Annual administration report of the Civil Veterinary Department of India - 1892-1893
Year: 1892
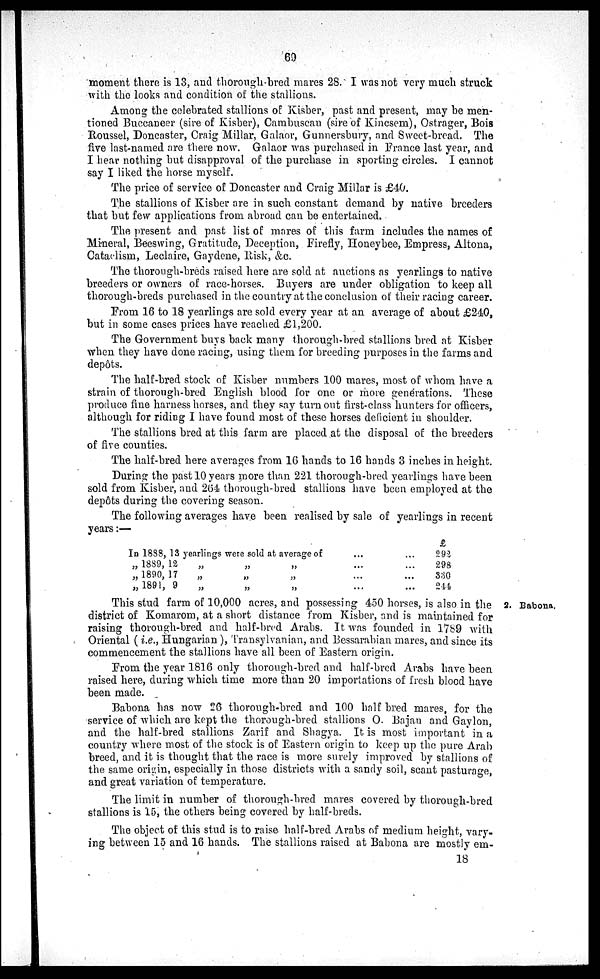
69
moment there is 13, and thorough-bred mares 28. I was not very much struck
with the looks and condition of the stallions.
Among the celebrated stallions of Kisber, past and present, may be men-
tioned Buccaneer (sire of Kisber), Cambuscan (sire of Kincsem), Ostrager, Bois
Roussel, Doncaster, Craig Millar, Galaor, Gunnersbury, and Sweet-bread. The
five last-named are there now. Galaor was purchased in France last year, and
I hear nothing but disapproval of the purchase in sporting circles. I cannot
say I liked the horse myself.
The price of service of Doncaster and Craig Millar is £40.
The stallions of Kisber are in such constant demand by native breeders
that but few applications from abroad can be entertained.
The present and past list of mares of this farm includes the names of
Mineral, Beeswing, Gratitude, Deception, Firefly, Honeybee, Empress, Altona,
Cataclism, Leclaire, Gaydene, Risk, &c.
The thorough-breds raised here are sold at auctions as yearlings to native
breeders or owners of race-horses. Buyers are under obligation to keep all
thorough-breds purchased in the country at the conclusion of their racing career.
From 16 to 18 yearlings are sold every year at an average of about £240,
but in some cases prices have reached £1,200.
The Government buys back many thorough-bred stallions bred at Kisber
when they have done racing, using them for breeding purposes in the farms and
depôts.
The half-bred stock of Kisber numbers 100 mares, most of whom have a
strain of thorough-bred English blood for one or more generations. These
produce fine harness horses, and they say turn out first-class hunters for officers,
although for riding I have found most of these horses deficient in shoulder.
The stallions bred at this farm are placed at the disposal of the breeders
of five counties.
The half-bred here averages from 16 hands to 16 hands 3 inches in height.
During the past 10 years more than 221 thorough-bred yearlings have been
sold from Kisber, and 264 thorough-bred stallions have been employed at the
depôts during the covering season.
The following averages have been realised by sale of yearlings in recent
years:—
In 1838, 13 yearlings were sold at average of ... ...
„ 1889, 12
„ 1890, 17
„ 1891, 9
„
„
„
„
„
„
„ ... ...
„ ... ...
„ ... ...
£
292
298
330
244
2. Babona.
This stud farm of 10,000 acres, and possessing 450 horses, is also in the
district of Komarom, at a short distance from Kisber, and is maintained for
raising thorough-bred and half-bred Arabs. It was founded in 1789 with
Oriental (i.e., Hungarian), Transylvanian, and Bessarabian mares, and since its
commencement the stallions have all been of Eastern origin.
From the year 1816 only thorough-bred and half-bred Arabs have been
raised here, during which time more than 20 importations of fresh blood have
been made.
Babona has now 26 thorough-bred and 100 half bred mares, for the
service of which are kept the thorough-bred stallions O. Bajan and Gaylon,
and the half-bred stallions Zarif and Shagya. It is most important in a
country where most of the stock is of Eastern origin to keep up the pure Arab
breed, and it is thought that the race is more surely improved by stallions of
the same origin, especially in those districts with a sandy soil, scant pasturage,
and great variation of temperature.
The limit in number of thorough-bred mares covered by thorough-bred
stallions is 15, the others being covered by half-breds.
The object of this stud is to raise half-bred Arabs of medium height, vary-
ing between 15 and 16 hands. The stallions raised at Babona are mostly em-
18